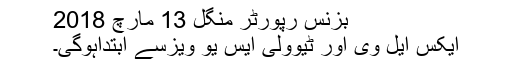
بزنس رپورٹر منگل 13 مارچ 2018
ایکس ایل وی اور ٹیوولی ایس یو ویزسے ابتداہوگی۔